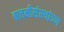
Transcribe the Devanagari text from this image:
बातमीसंस्थांच्या